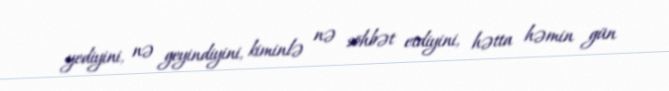
yediyini, nə geyindiyini, kiminlə nə söhbət etdiyini, hətta həmin gün